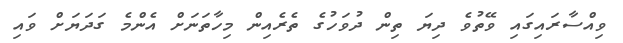
ވިއްސާރައިގައި ވޭތުވެ ދިޔަ ތިން ދުވަހުގެ ތެރެއިން މިހާތަނަށް އެންމެ ގަދަޔަށް ވައި